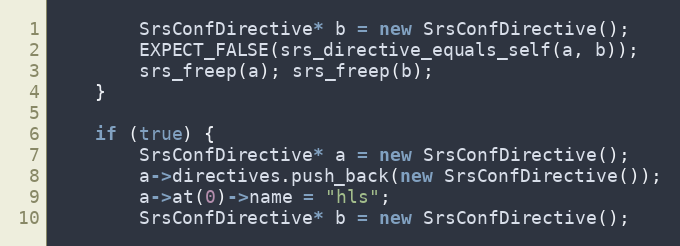
Language: C++
        SrsConfDirective* b = new SrsConfDirective();
        EXPECT_FALSE(srs_directive_equals_self(a, b));
        srs_freep(a); srs_freep(b);
    }

    if (true) {
        SrsConfDirective* a = new SrsConfDirective();
        a->directives.push_back(new SrsConfDirective());
        a->at(0)->name = "hls";
        SrsConfDirective* b = new SrsConfDirective();